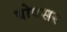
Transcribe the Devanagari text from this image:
बोवसर